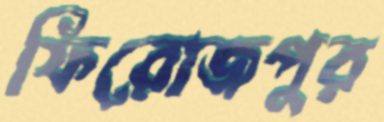
ফিরোজপুর